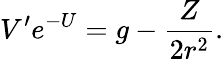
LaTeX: V^{\prime}e^{-U}=g-\frac{Z}{2r^{2}}.